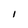
Character: I